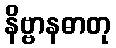
နိဗ္ဗာနဓာတု